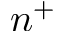
n ^ { + }